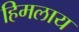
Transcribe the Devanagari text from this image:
हिमलाय